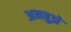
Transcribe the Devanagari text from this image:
अनबुझे